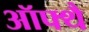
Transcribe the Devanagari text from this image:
ऑफ्थै